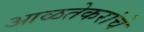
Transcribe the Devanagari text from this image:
आळतेकरांचे